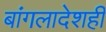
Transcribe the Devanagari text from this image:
बांगलादेशही